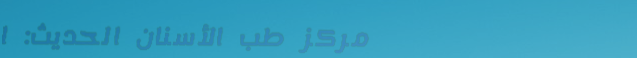
مركز طب الأسنان الحديث: ا